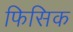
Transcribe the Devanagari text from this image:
फिसिक